Indian journal of veterinary science and animal husbandry - Volumes 18-21, 1948-1951
Year: 1948
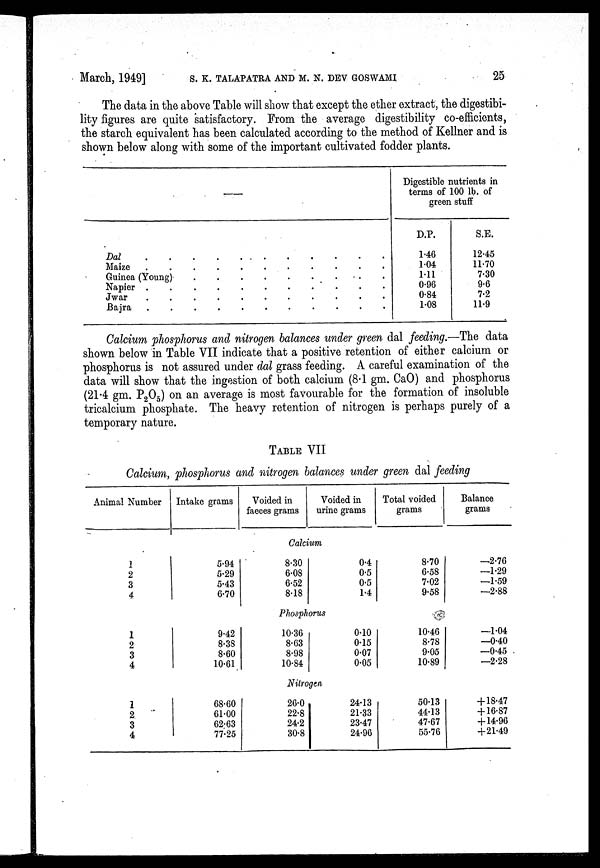
March, 1949] S. K. TALAPATRA AND M. N. DEV GOSWAMI 25
The data in the above Table will show that except the ether extract, the digestibi-
lity figures are quite satisfactory. From the average digestibility co-efficients,
the starch equivalent has been calculated according to the method of Kellner and is
shown below along with some of the important cultivated fodder plants.
—
Dal . . . . . . . . . . .
Maize . . . . . . . . . . .
Guinea (Young) . . . . . . . .
Napier . . . . . . . . . . .
Jwar . . . . . . . . . . .
Bajra . . . . . . . . . . .
Digestible nutrients in
terms of 100 lb. of
green stuff
D.P.
1.46
1.04
1.11
0.96
0.84
1.08
S.E.
12.45
11.70
7.30
9.6
7.2
11.9
Calcium phosphorus and nitrogen balances under green dal feeding.—The data
shown below in Table VII indicate that a positive retention of either calcium or
phosphorus is not assured under dal grass feeding. A careful examination of the
data will show that the ingestion of both calcium (8.1 gm. CaO) and phosphorus
(21.4 gm. P 2 O 5 ) on an average is most favourable for the formation of insoluble
tricalcium phosphate. The heavy retention of nitrogen is perhaps purely of a
temporary nature.
TABLE VII
Calcium, phosphorus and nitrogen balances under green dal feeding
Animal Number Intake grams
Voided in
faeces grams
Voided in
urine grams
Total voided
grams
Balance
grams
Calcium
1
2
3
4
5.94
5.29
5.43
6.70
8.30
6.08
6.52
8.18
0.4
0.5
0.5
1.4
8.70
6.58
7.02
9.58
—2.76
—1.29
—1.59
—2.88
Phosphorus
1
2
3
4
9.42
8.38
8.60
10.61
10.36
8.63
8.98
10.84
0.10
0.15
0.07
0.05
10.46
8.78
9.05
10.89
—1.04
—0.40
—0.45
—2.28
Nitrogen
1
2
3
4
68.60
61.00
62.63
77.25
26.0
22.8
24.2
30.8
24.13
21.33
23.47
24.96
50.13
44.13
47.67
55.76
+ 18.47
+ 16.87
+ 14.96
+ 21.49